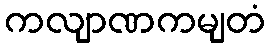
ကလျာဏကမျတံ